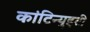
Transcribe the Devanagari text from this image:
कांटिन्युइटी